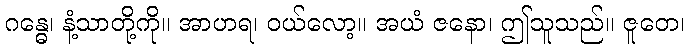
ဂန္ဓေ၊ နံ့သာတို့ကို။ အာဟရ၊ ဝယ်လော့။ အယံ ဇနော၊ ဤသူသည်။ ဇူတေ၊